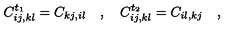
C _ { i j , k l } ^ { t _ { 1 } } = C _ { k j , i l } \quad , \quad C _ { i j , k l } ^ { t _ { 2 } } = C _ { i l , k j } \quad ,